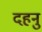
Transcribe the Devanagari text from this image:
दहनु